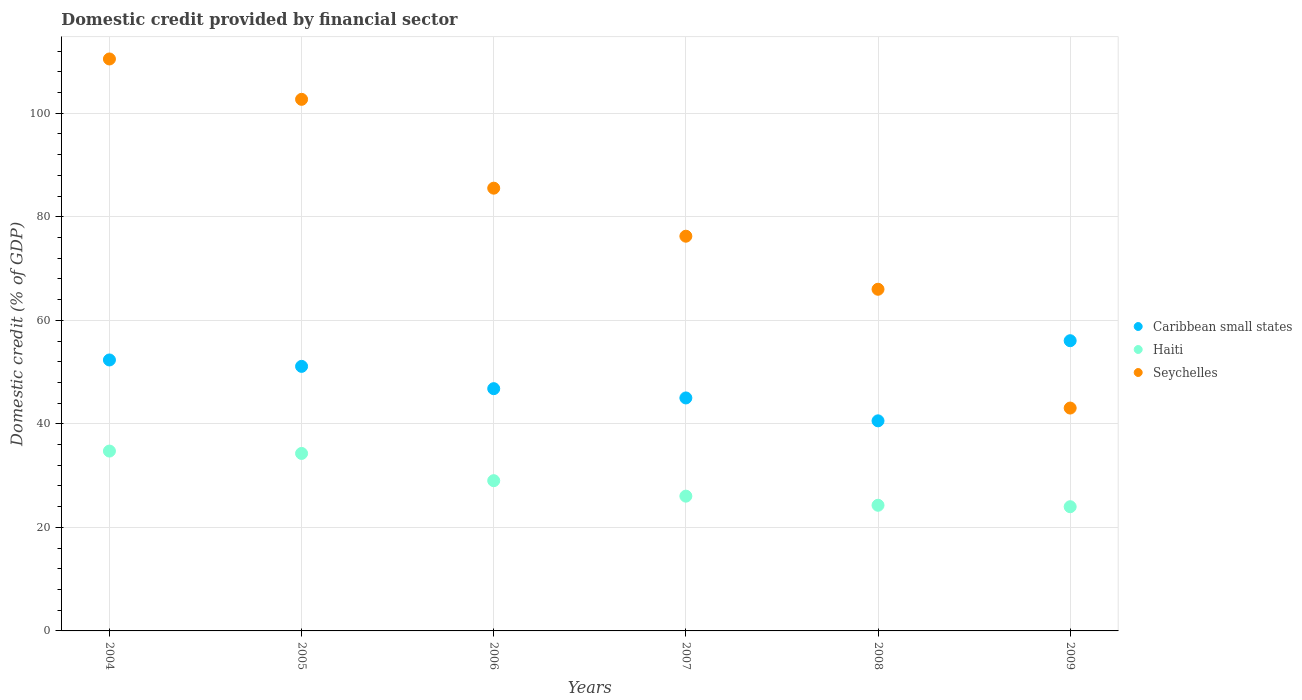
| Years | Caribbean small states | Haiti | Seychelles |
 | --- | --- | --- | --- |
 | 2004 | 52.3 | 34.7 | 110 |
 | 2005 | 51.1 | 34.3 | 103 |
 | 2006 | 46.8 | 29 | 85.5 |
 | 2007 | 45 | 26 | 76.3 |
 | 2008 | 40.6 | 24.3 | 66 |
 | 2009 | 56.1 | 24 | 43.1 |